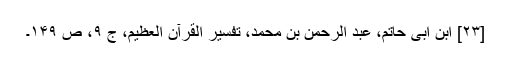
[۲۳] ابن ابی حاتم، عبد الرحمن بن محمد، تفسیر القرآن العظیم، ج ۹، ص ۱۴۹۔